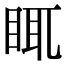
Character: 𥆍